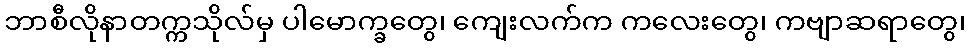
ဘာစီလိုနာတက္ကသိုလ်မှ ပါမောက္ခတွေ၊ ကျေးလက်က ကလေးတွေ၊ ကဗျာဆရာတွေ၊